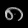
Digit: ၈